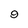
Character: 9